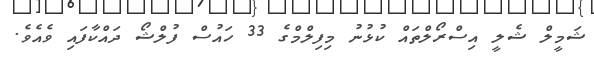
ޝަމީލް ޝެލީ އިސްރޯލްތައް ކުޅުނު މިފިލްމްގެ 33 ހައުސް ފުލްޝޯ ދައްކާފައި ވެއެވެ.